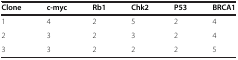
<table><thead><tr><td><b>Clone</b></td><td><b>c-myc</b></td><td><b>Rb1</b></td><td><b>Chk2</b></td><td><b>P53</b></td><td><b>BRCA1</b></td></tr></thead><tbody><tr><td>1</td><td>4</td><td>2</td><td>5</td><td>2</td><td>4</td></tr><tr><td>2</td><td>3</td><td>2</td><td>3</td><td>2</td><td>4</td></tr><tr><td>3</td><td>3</td><td>2</td><td>2</td><td>2</td><td>5</td></tr></tbody></table>